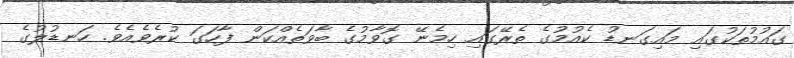
ގައުމުތަކުގައި މައިގަނޑު ކެއުމުގެ ތެރޭގައި ހިމެނޭ ގޮވާމުގެ ބާވަތެއްކަން ފާހަގަ ކުރެވެއެވެ. ހަނޑުލުގެ